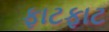
ફાટફાટ